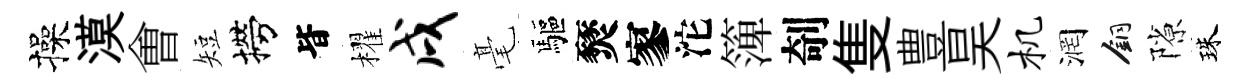
操漠㑹短撈𣅜櫂戌毫驅燹寥沱𥱼剞隻豊昊机润銅隙珠